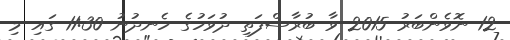
12 ނޮވެންބަރު 2015 ވާ ބުރާސްފަތި ދުވަހުގެ ހެނދުނު 11:30 ގައި މި